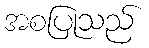
အစပြုသည်